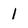
Character: I